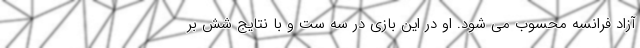
آزاد فرانسه محسوب می شود. او در این بازی در سه ست و با نتایج شش بر